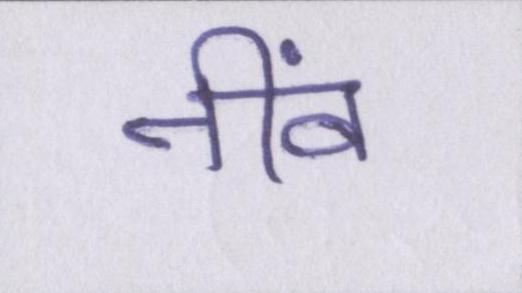
नींव